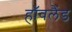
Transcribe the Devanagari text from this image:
हॉवलैंड